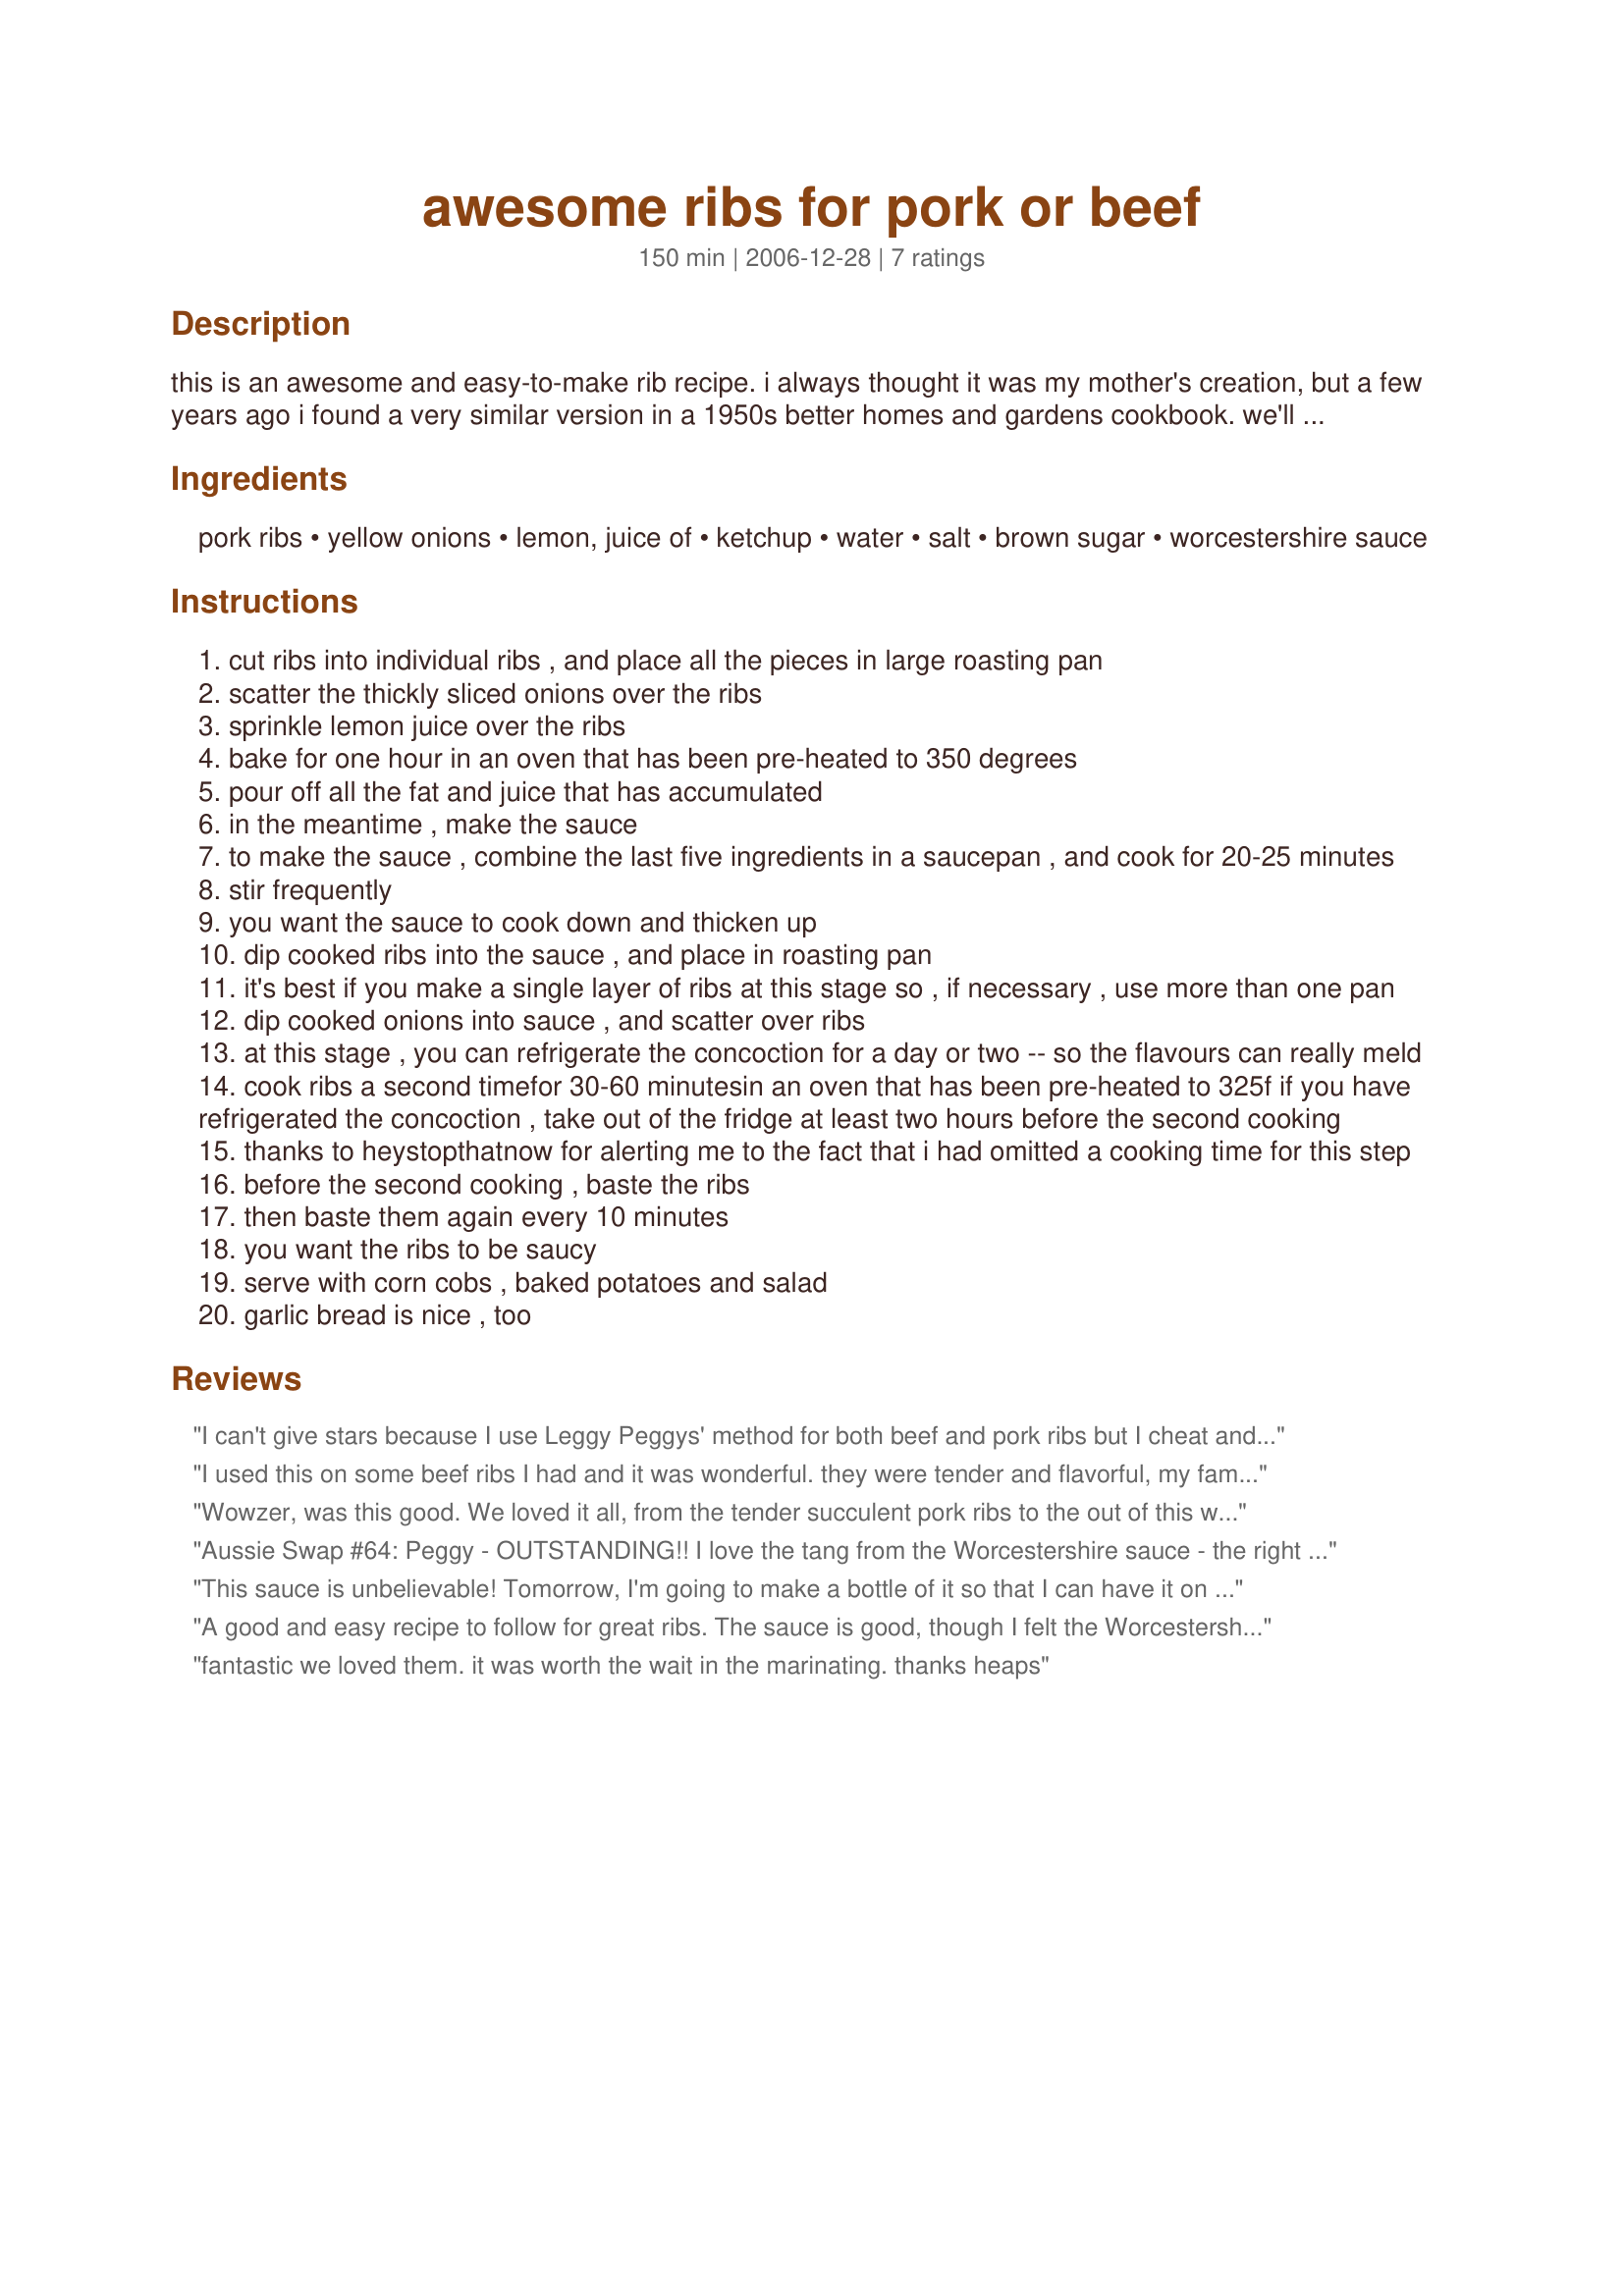
awesome ribs for pork or beef
Preparation time: 150 minutes

this is an awesome and easy-to-make rib recipe. i always thought it was my mother's creation, but a few years ago i found a very similar version in a 1950s better homes and gardens cookbook. we'll never know who made it first. my mother was a home economist, and a goddess of recipes -- i should post more of her gems.
anyway, i usually make this with pork ribs (almost any cut), but also discovered that it was great for beef ribs. that was when i lived in syria and pork was hard to get. the first time i ordered ribs from the syrian butcher, he proudly and kindly cut out the ribs. bummer.
by the way, don't be put off by the number of steps. this is really easy to make.

Ingredients:
pork ribs, yellow onions, lemon, juice of, ketchup, water, salt, brown sugar, worcestershire sauce

Steps:
cut ribs into individual ribs , and place all the pieces in large roasting pan
scatter the thickly sliced onions over the ribs
sprinkle lemon juice over the ribs
bake for one hour in an oven that has been pre-heated to 350 degrees
pour off all the fat and juice that has accumulated
in the meantime , make the sauce
to make the sauce , combine the last five ingredients in a saucepan , and cook for 20-25 minutes
stir frequently
you want the sauce to cook down and thicken up
dip cooked ribs into the sauce , and place in roasting pan
it's best if you make a single layer of ribs at this stage so , if necessary , use more than one pan
dip cooked onions into sauce , and scatter over ribs
at this stage , you can refrigerate the concoction for a day or two -- so the flavours can really meld
cook ribs a second timefor 30-60 minutesin an oven that has been pre-heated to 325f if you have refrigerated the concoction , take out of the fridge at least two hours before the second cooking
thanks to heystopthatnow for alerting me to the fact that i had omitted a cooking time for this step
before the second cooking , baste the ribs
then baste them again every 10 minutes
you want the ribs to be saucy
serve with corn cobs , baked potatoes and salad
garlic bread is nice , too

Reviews:
I can't give stars because I use Leggy Peggys' method for both beef and pork ribs but I cheat and mix up my sauce from bottled ingredients! They always turn out GREAT! Thank you Peggy!
I used this on some beef ribs I had and it was wonderful. they were tender and flavorful, my family inhaled them. I will use this recipe again, as the sauce was so good. Thank you for sharing your recipe with us.
Wowzer, was this good. We loved it all, from the tender succulent pork ribs to the out of this world amazing sauce that was sweet, tart and tangy. The onions added a nice layer of flavor to the saucy ribs. Thank you Peggy for sharing a recipe, that we will enjoy again and again.
Aussie Swap #64: Peggy - OUTSTANDING!! I love the tang from the Worcestershire sauce - the right amount of sauce to cover the ribs - they were delicious!! Thank you!
This sauce is unbelievable! Tomorrow, I'm going to make a bottle of it so that I can have it on hand. 
I tried it with beef ribs but I can see how this would be even better with pork ribs! 
I had to boil the sauce for more than 40 minutes in order for it to cook down and thicken up. 
The directions were a little confusing after step 9. Since I was going to eat it right away (instead of refridgerating it), I wasn't sure how long I was suppose to bake for. I ended up baking it at 350 for less than 10 minutes...but it still worked out fine. 
I do have leftovers that I'll probably serve in a few days...I'm unsure as to how long I would have to bake that at. Any advice? Thanks!
A good and easy recipe to follow for great ribs. The sauce is good, though I felt the Worcestershire was a little overpowering and the sugar not present enough when mixed in the ratios that the recipe calls for. Next time I make the dish, I will use 1/4 cup Worcestershire sauce and at least twice the sugar called for. These are all matters of my personal preference, of course. I would suggest cooking this dish longer than the recipe calls for if you want your ribs more tender. I cooked mine for 2 1/2 hours in a foil covered pan with a little stock to steam the ribs. Also, instead of dumping the drippings, I used them instead of the 2 cups of water to make the sauce. You can't let all that goodness go to waste. Good dish, will make again.
fantastic we loved them. it was worth the wait in the marinating. 
thanks heaps
